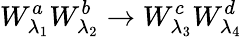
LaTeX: W_{\lambda_{1}}^{a}W_{\lambda_{2}}^{b}\to W_{\lambda_{3}}^{c}W_{\lambda_{4}}^{d}